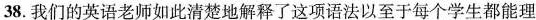
38.我们的英语老师如此清楚地解释了这项语法以至于每个学生都能理